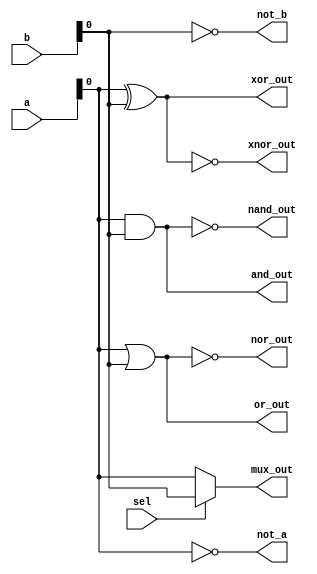
module combinational_logic (
    input wire [3:0] a,          // 4-bit input
    input wire [3:0] b,          // 4-bit input
    input wire sel,              // Select line for MUX
    output wire and_out,         // AND output
    output wire or_out,          // OR output
    output wire not_a,           // NOT output for a
    output wire not_b,           // NOT output for b
    output wire nand_out,        // NAND output
    output wire nor_out,         // NOR output
    output wire xor_out,         // XOR output
    output wire xnor_out,        // XNOR output
    output wire mux_out          // MUX output
);

// Combinational Logic Operations
assign and_out = a & b;       // AND gate
assign or_out = a | b;        // OR gate
assign not_a = ~a;            // NOT gate for a
assign not_b = ~b;            // NOT gate for b
assign nand_out = ~(a & b);   // NAND gate
assign nor_out = ~(a | b);    // NOR gate
assign xor_out = a ^ b;       // XOR gate
assign xnor_out = ~(a ^ b);   // XNOR gate

// 2-to-1 Multiplexer
assign mux_out = sel ? b[0] : a[0]; // Simple MUX using the least significant bit

endmodule